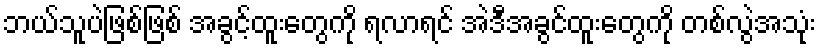
ဘယ်သူပဲဖြစ်ဖြစ် အခွင့်ထူးတွေကို ရလာရင် အဲဒီအခွင်ထူးတွေကို တစ်လွဲအသုံး